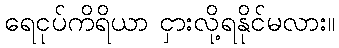
ရေငုပ်ကိရိယာ ငှားလို့ရနိုင်မလား။